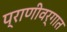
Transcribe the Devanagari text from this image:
प्राणीवर्गात